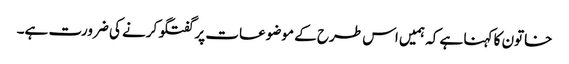
خاتون کا کہنا ہے کہ ہمیں اس طرح کے موضوعات پر گفتگو کرنے کی ضرورت ہے۔